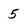
Character: 5